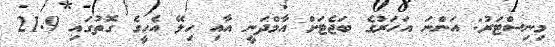
މިނިސްޓަރު: އަންނަ އަހަރުގެ ބަޖެޓަށް އާމްދަނީ އާއި ހިލޭ އެހީގެ ގޮތުގައި 21.9